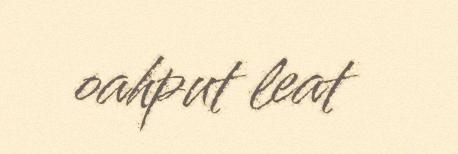
oahput leat